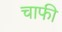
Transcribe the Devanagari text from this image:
चाफी